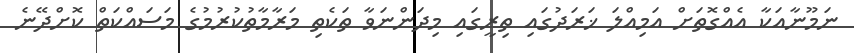
ނަމޫނާއަކާ އެއްގޮތަށް އަމިއްލަ ޚަރަދުގައި ތިރީގައި މިދަންނަވާ ތަކެތި މަރާމާތުކުރުމުގެ މަސައްކަތް ކޮށްދޭނެ